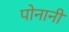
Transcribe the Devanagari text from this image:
पोनानी